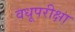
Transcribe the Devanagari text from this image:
वधूपरीक्षा